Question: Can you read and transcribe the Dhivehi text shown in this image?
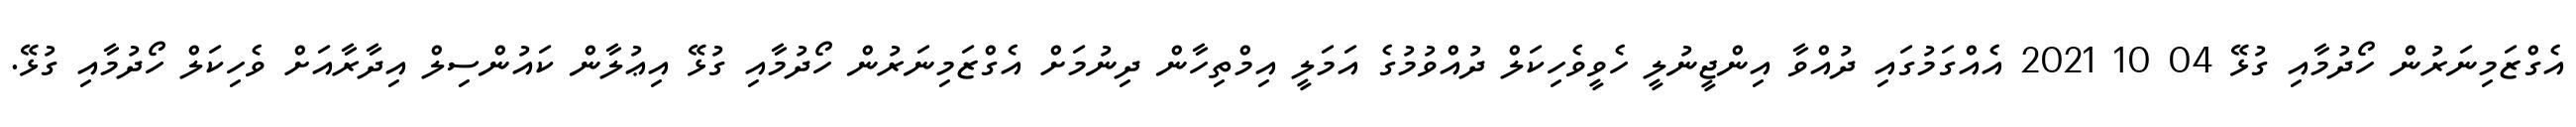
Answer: އެގްޒަމިނަރުން ހޯދުމާއި ގުޅޭ 04 10 2021 އެއްގަމުގައި ދުއްވާ އިންޖީނުލީ ހެވީވެހިކަލް ދުއްވުމުގެ އަމަލީ އިމްތިހާން ދިނުމަށް އެގްޒަމިނަރުން ހޯދުމާއި ގުޅޭ އިޢުލާން ކައުންސިލް އިދާރާއަށް ވެހިކަލް ހޯދުމާއި ގުޅޭ.